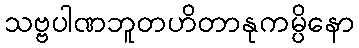
သဗ္ဗပါဏဘူတဟိတာနုကမ္ပိနော